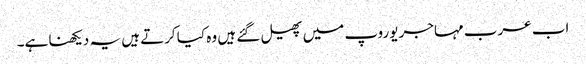
اب عرب مہاجر یوروپ میں پھیل گئے ہیں وہ کیا کرتے ہیں یہ دیکھنا ہے۔